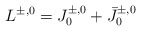
\begin{align*}L^{\pm,0} = J^{\pm,0}_0 + \bar J^{\pm,0}_0\end{align*}